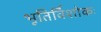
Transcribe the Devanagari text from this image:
भूतिर्विशोकः